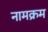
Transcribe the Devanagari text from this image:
नामक्रम